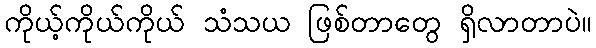
ကိုယ့်ကိုယ်ကိုယ် သံသယ ဖြစ်တာတွေ ရှိလာတာပဲ။